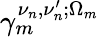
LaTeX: \gamma_{m}^{\nu_{n},\nu_{n}^{\prime};\Omega_{m}}